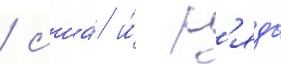
/ сша́ и́ р'яда